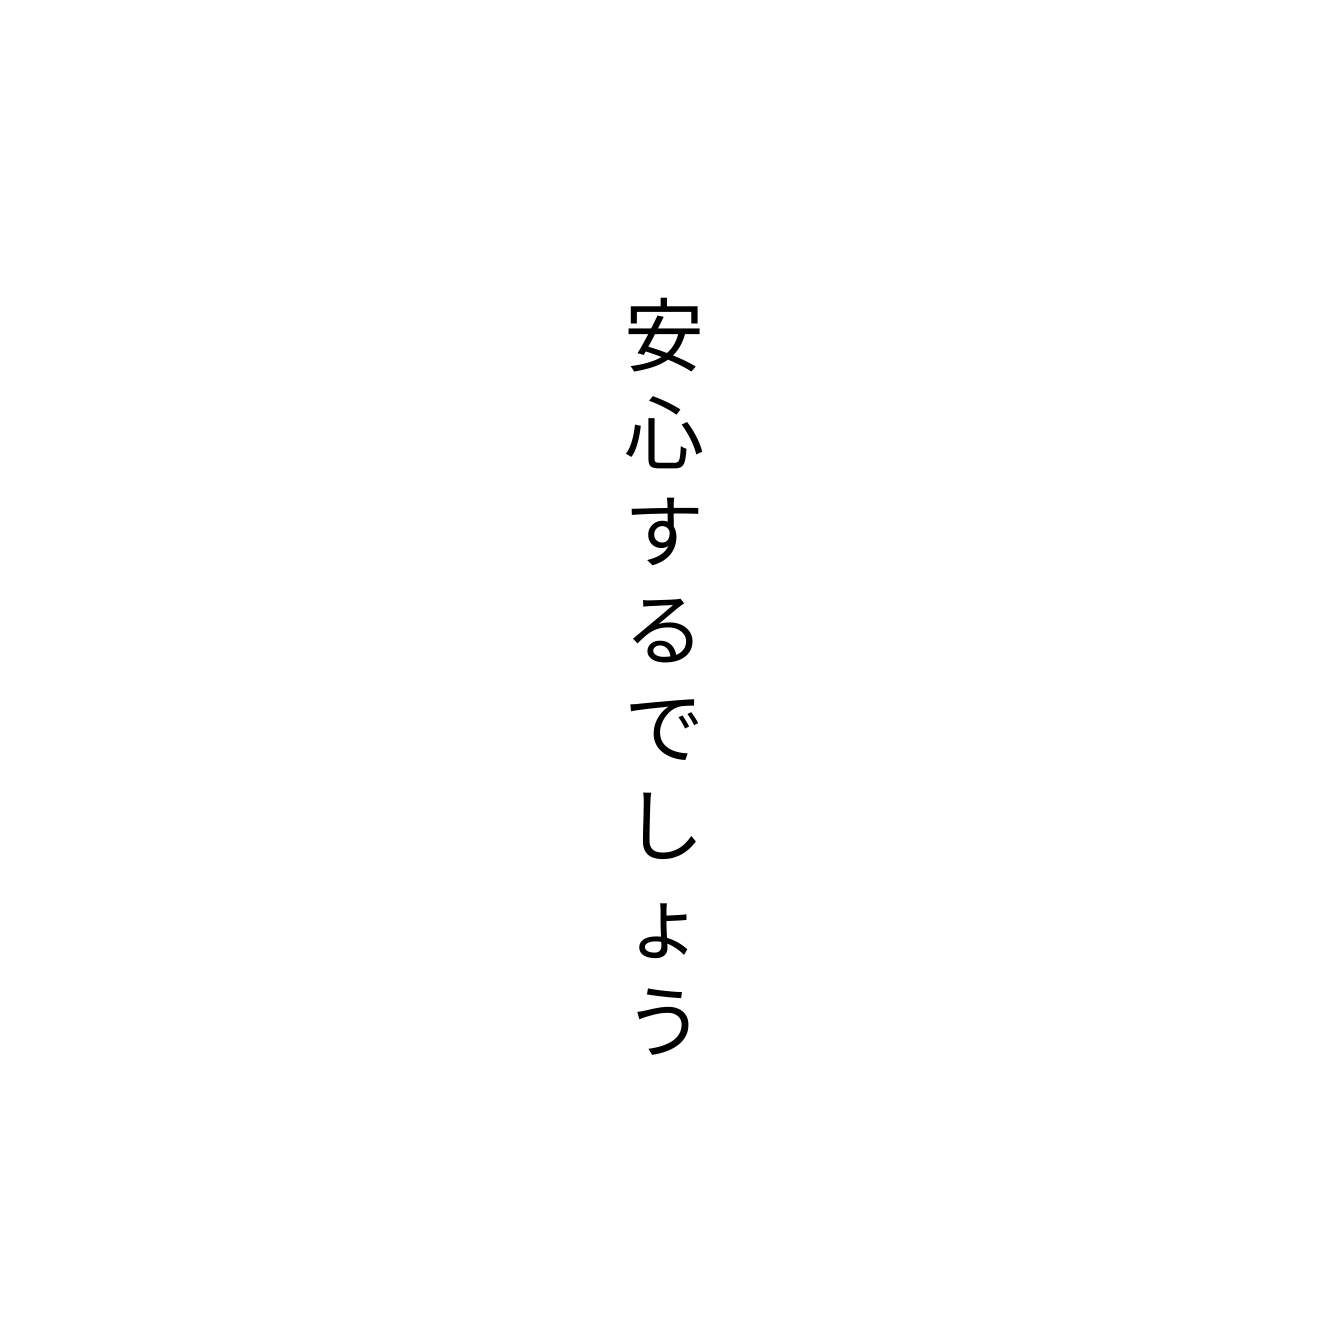
安心するでしょう